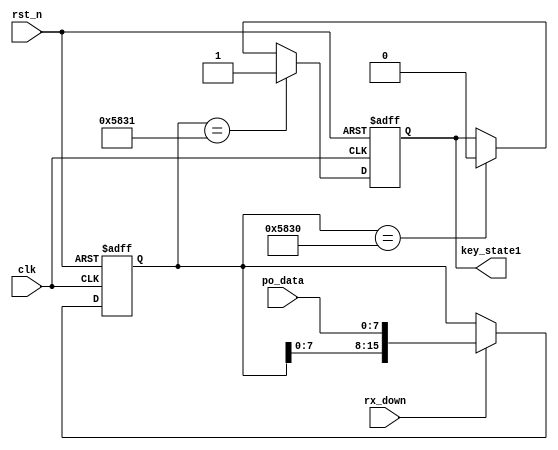
module video_en( 
       clk,
       rst_n,
       po_data,
       rx_down,
       key_state1

);
input clk;
input rst_n;
input [7:0]po_data;
input rx_down;
output reg key_state1;

parameter inst1 = "X1"; //
parameter inst2 = "X0";

reg [15:0]com1;
reg [15:0]com2;	

		
//
always @(posedge clk or negedge rst_n)
    if(!rst_n)
	    com1 <= 0;
	else if( rx_down )
	    com1 <= {com1[7:0],po_data};
	else 
	    com1 <= com1;
		
always @(posedge clk or negedge rst_n)
    if(!rst_n)
	    key_state1 <= 0;
	else if(com1 == inst1)
	    key_state1 <= 1;
	else if(com1 == inst2)
	    key_state1 <= 0;
	else 
	    key_state1 <= key_state1;
		
endmodule